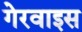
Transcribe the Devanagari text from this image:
गेरवाइस